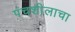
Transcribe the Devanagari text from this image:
पंचशीलाचा